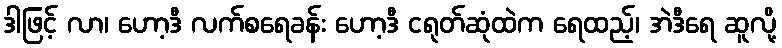
ဒါဖြင့် လာ၊ ဟော့ဒီ လက်စရေခန်း ဟော့ဒီ ငရုတ်ဆုံထဲက ရေထည့်၊ အဲဒီရေ ဆူလို့